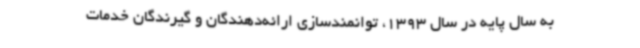
به سال پایه در سال 1393، توانمندسازی ارائه‌دهندگان و گیرندگان خدمات